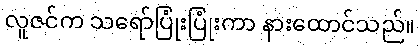
လူဇင်က သရော်ပြုံးပြုံးကာ နားထောင်သည်။